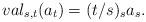
LaTeX: \begin{align*}val_{s,t}(a_{t})=(t/s)_{s}a_{s}. \end{align*}